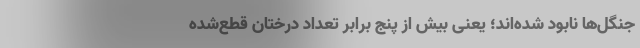
جنگل‌ها نابود شده‌اند؛ یعنی بیش از پنج برابر تعداد درختان قطع‌شده